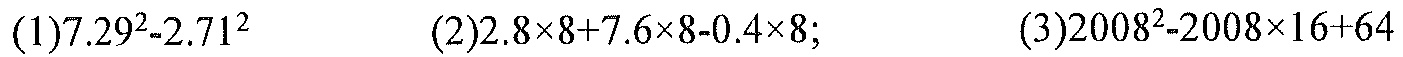
(1)\(7.29^{2}-2.71^{2}\)
(2)\(2.8\times8 + 7.6\times8-0.4\times8\);
(3)\(2008^{2}-2008\times16 + 64\)